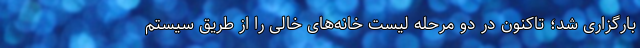
بارگزاری شد؛ تاکنون در دو مرحله لیست خانه‌های خالی را از طریق سیستم